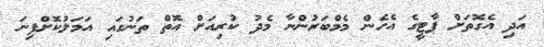
އަދި އެގޮތަށް ޕާޓީގެ އެހެން މެމްބަރުންނާ މެދު ކުރިއަށް އޮތް ތަނުގައި އަމަލުކޮށްފިނަ